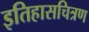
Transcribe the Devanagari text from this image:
इतिहासचित्रण